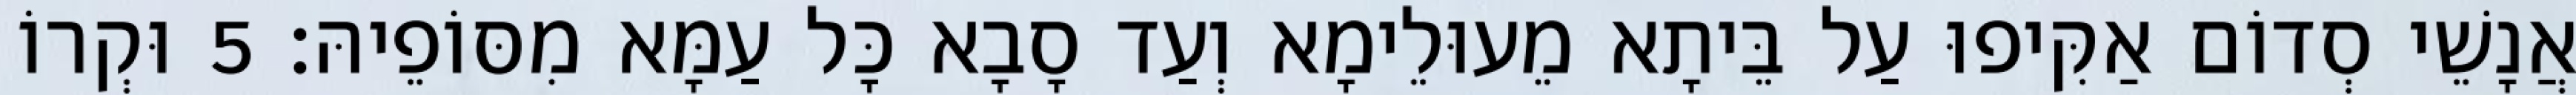
אֲנָשֵׁי סְדוֹם אַקִּיפוּ עַל בֵּיתָא מֵעוּלֵימָא וְעַד סָבָא כָּל עַמָּא מִסּוֹפֵיהּ׃ 5 וּקְרוֹ